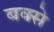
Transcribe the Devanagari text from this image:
बक्‍से